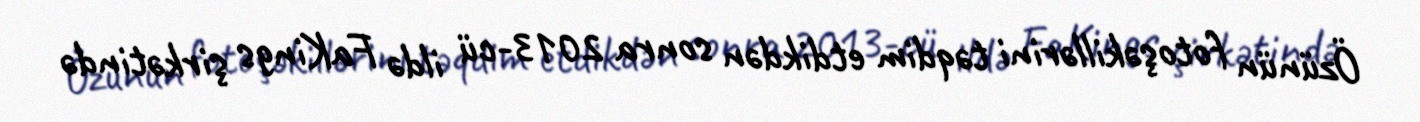
Özünün fotoşəkillərini təqdim etdikdən sonra 2013-cü ildə FaKings şirkətində